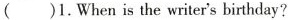
( )1.When is the writer's birthday?